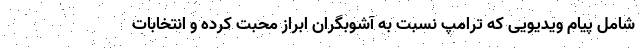
شامل پیام ویدیویی که ترامپ نسبت به آشوبگران ابراز محبت کرده و انتخابات